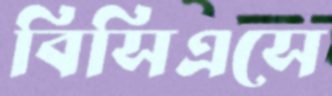
বিসিএসে